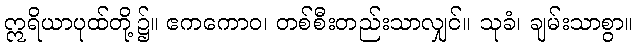
ဣရိယာပုထ်တို့၌။ ဧကကောဝ၊ တစ်စီးတည်းသာလျှင်။ သုခံ၊ ချမ်းသာစွာ။